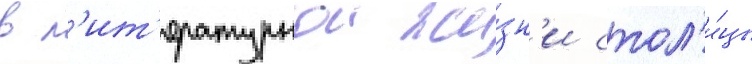
в л'ит'ературнои жи́зн'и стол'и́цы